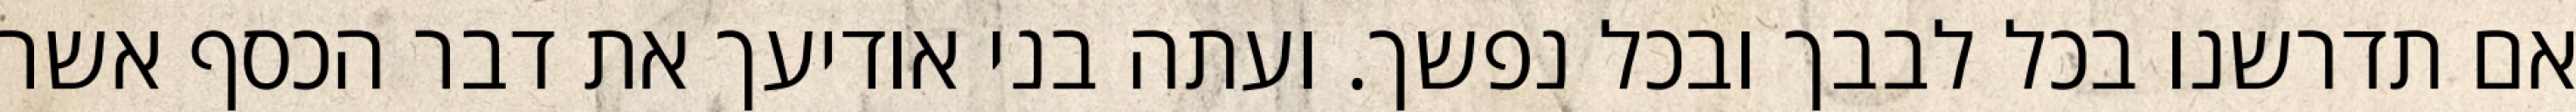
אם תדרשנו בכל לבבך ובכל נפשך. ועתה בני אודיעך את דבר הכסף אשר